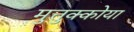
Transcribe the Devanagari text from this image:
मुत्तुक्कोया